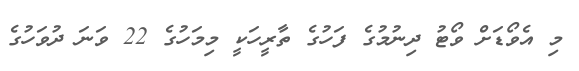
މި އެވޯޑަށް ވޯޓު ދިނުމުގެ ފަހުގެ ތާރީހަކީ މިމަހުގެ 22 ވަނަ ދުވަހުގެ